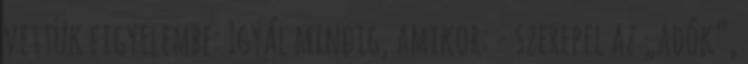
vettük figyelembe: Igyál mindig, amikor: - szerepel az „adók”,